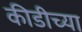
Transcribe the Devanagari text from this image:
कीडीच्या